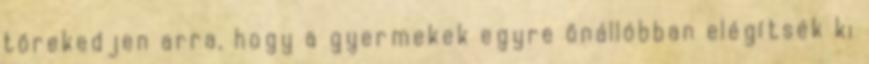
törekedjen arra, hogy a gyermekek egyre önállóbban elégítsék ki